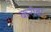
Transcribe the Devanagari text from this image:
करीबा